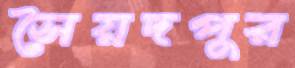
সৈয়দপুর